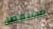
سننفصل